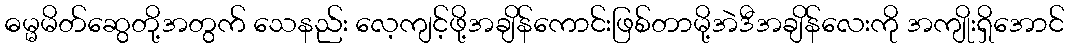
ဓမ္မမိတ်ဆွေတို့အတွက် သေနည်း လေ့ကျင့်ဖို့အချိန်ကောင်းဖြစ်တာမို့အဲဒီအချိန်လေးကို အကျိုးရှိအောင်